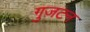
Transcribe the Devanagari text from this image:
गुज़टन